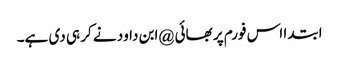
ابتدا اس فورم پر بھائی @ابن داود نے کر ہی دی ہے۔